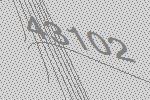
43102